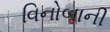
વિનોબાની